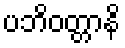
ပဘိဝတ္တာနိ